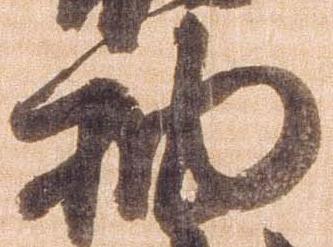
抽